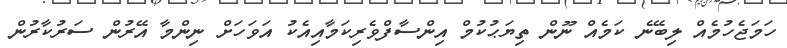
ހަމަޖެހުމެއް ލިބޭނެ ކަމެއް ނޫން ތިޔަޙުކުމް އިންސާފްވެރިކަމާއިއެކު އަވަހަށް ނިންމާ އޭރުން ސަރުކާރުން